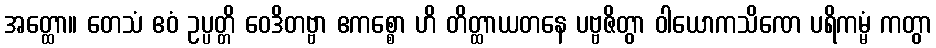
အတ္ထော။ တေသံ ဧဝံ ဥပ္ပတ္တိ ဝေဒိတဗ္ဗာ ဧကစ္စော ဟိ တိတ္ထာယတနေ ပဗ္ဗဇိတွာ ဝါယောကသိဏေ ပရိကမ္မံ ကတွာ